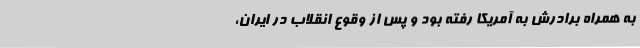
به همراه برادرش به آمریکا رفته بود و پس از وقوع انقلاب در ایران،